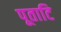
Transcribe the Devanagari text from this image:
पूताटि